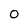
Character: O